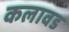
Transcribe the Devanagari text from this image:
कलावड